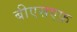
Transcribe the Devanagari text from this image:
बीएसएफ़